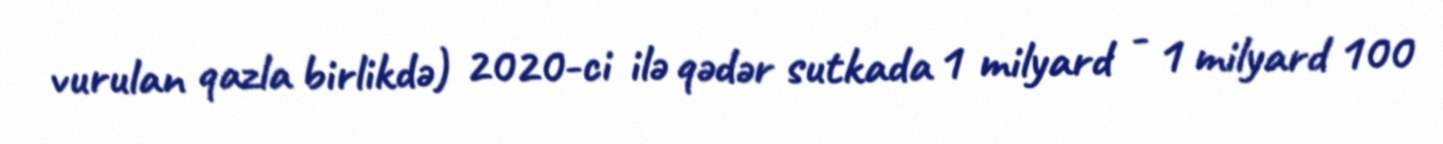
vurulan qazla birlikdə) 2020-ci ilə qədər sutkada 1 milyard - 1 milyard 100